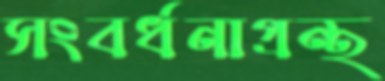
সংবর্ধনাগ্রন্থ